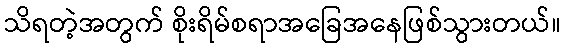
သိရတဲ့အတွက် စိုးရိမ်စရာအခြေအနေဖြစ်သွားတယ်။